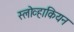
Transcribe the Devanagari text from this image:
स्लोव्हाकियन